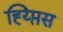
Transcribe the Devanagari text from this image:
ह्य्प्तिस